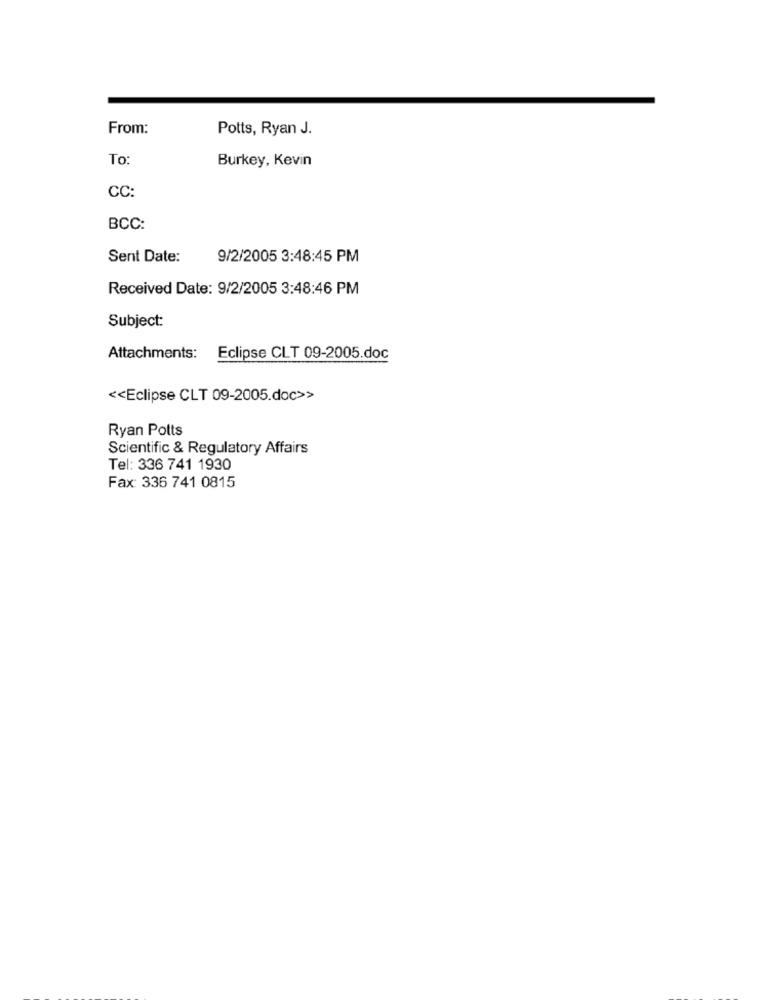
From:
Potts, Ryan J.
To
Burkey, Kevin
CC:
BCC:
Sent Date:
9/2/2005 3:48:45 PM
Received Date: 9/2/2005 3:48:46 PM
Subject:
Attachments: Eclipse CLT 09-2005.doc
<< Eclipse CLT 09-2005.doc>>
Ryan Potts
Scientific & Regulatory Affairs
Tel: 336 741 1930
Fax: 336 741 0815